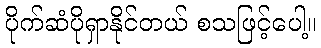
ပိုက်ဆံပိုရှာနိုင်တယ် စသဖြင့်ပေါ့။